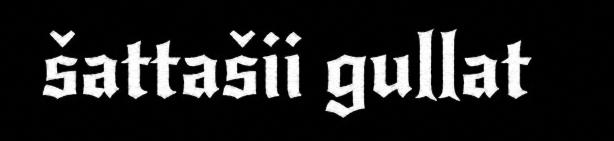
šattašii gullat